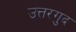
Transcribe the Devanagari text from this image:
उत्तरगुद